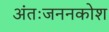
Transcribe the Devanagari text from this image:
अंतःजननकोश